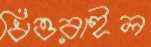
ধিওরাইল